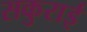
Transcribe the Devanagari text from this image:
सकुराई